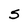
Character: S